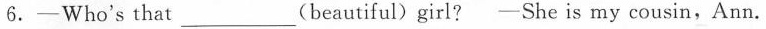
6.-Who's that ___(beautiful) girl? -She is my cousin,Ann.